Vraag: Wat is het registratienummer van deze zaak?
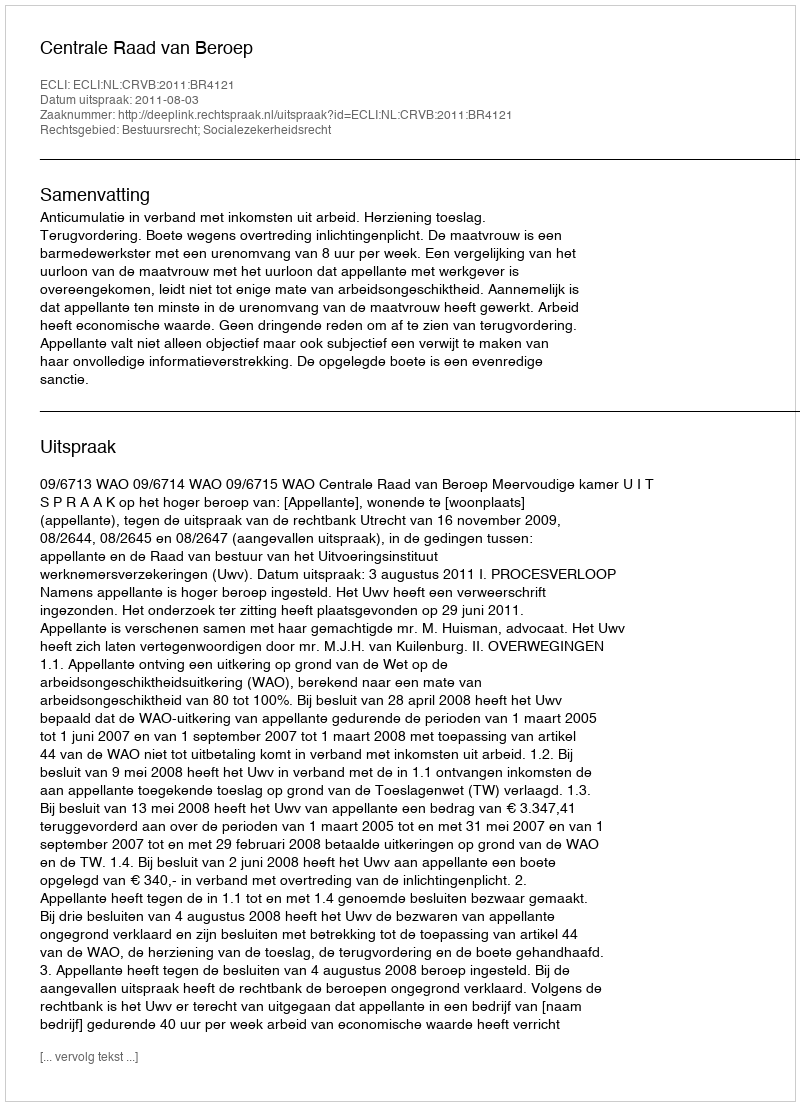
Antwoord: http://deeplink.rechtspraak.nl/uitspraak?id=ECLI:NL:CRVB:2011:BR4121